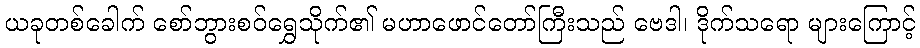
ယခုတစ်ခေါက် စော်ဘွားစဝ်ရွှေသိုက်၏ မဟာဖောင်တော်ကြီးသည် ဗေဒါ၊ ဒိုက်သရော များကြောင့်